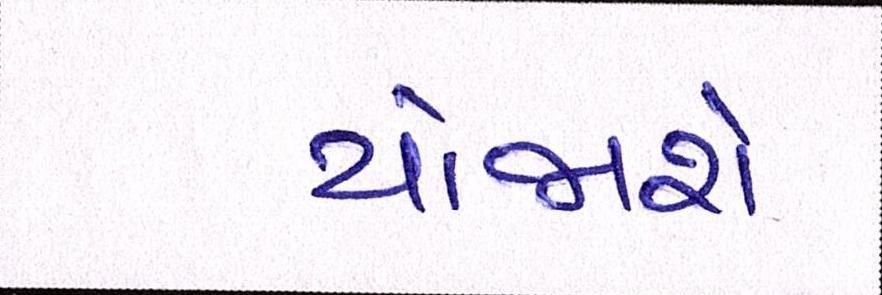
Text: યોજાશે